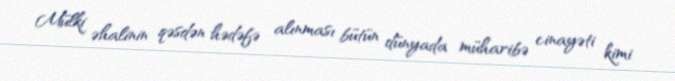
Mülki əhalinin qəsdən hədəfə alınması bütün dünyada müharibə cinayəti kimi